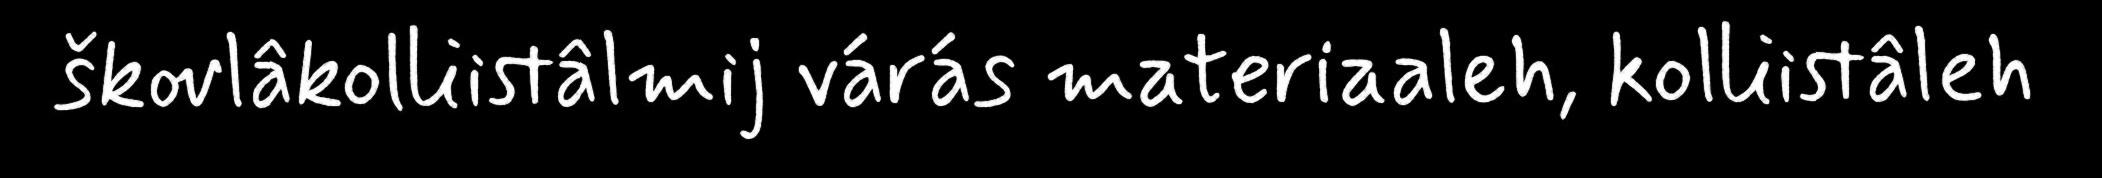
škovlâkolliistâlmij várás materiaaleh, kolliistâleh